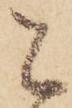
被